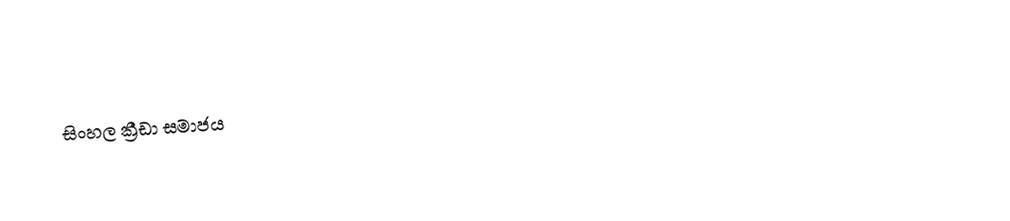
සිංහල ක්‍රීඩා සමාජය